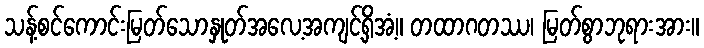
သန့်စင်ကောင်းမြတ်သောနှုတ်အလေ့အကျင့်ရှိအံ့။ တထာဂတဿ၊ မြတ်စွာဘုရားအား။